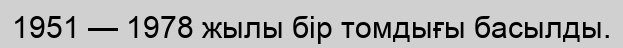
1951 — 1978 жылы бір томдығы басылды.